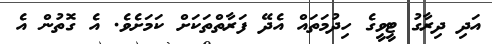
އަދި ދިރާގު ޓީވީގެ ހިދުމަތައް އެދޭ ފަރާތްތަކަށް ކަމަށެވެ. އެ ގޮތުން އެ